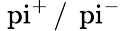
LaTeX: \mathrm{\ pi}^{+}\, /\, \mathrm{\ pi}^{-}